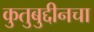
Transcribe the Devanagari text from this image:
कुतुबुद्दीनचा